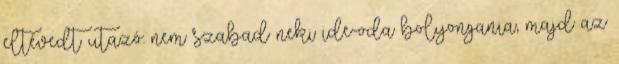
eltévedt utazó: nem szabad neki ide-oda bolyongania, majd az